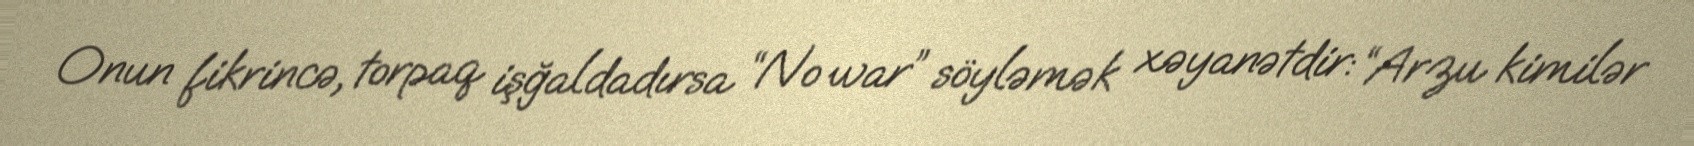
Onun fikrincə, torpaq işğaldadırsa “No war” söyləmək xəyanətdir: “Arzu kimilər